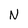
Character: N